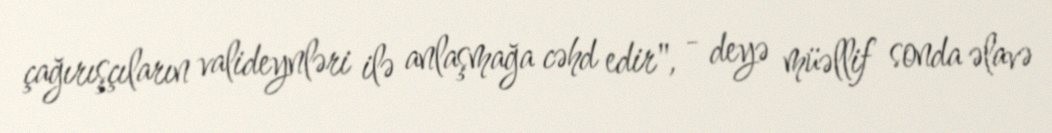
çağırışçıların valideynləri ilə anlaşmağa cəhd edir", - deyə müəllif sonda əlavə